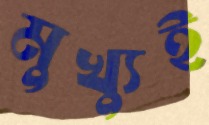
মুখ্যুই